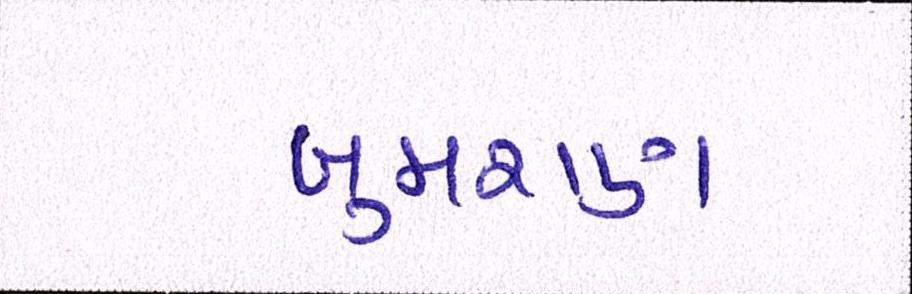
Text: બુમરાણ